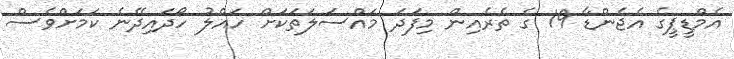
އެމްޑީޕީގެ އެޖެންޑާ 19 ގެ ތެރެއިން މިފަދަ މައްސަލަތަކަށް ހައްލު ހޯދައިދޭނެ ކަމަށްވެސް